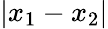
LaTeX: \vert x_{1}-x_{2}\vert